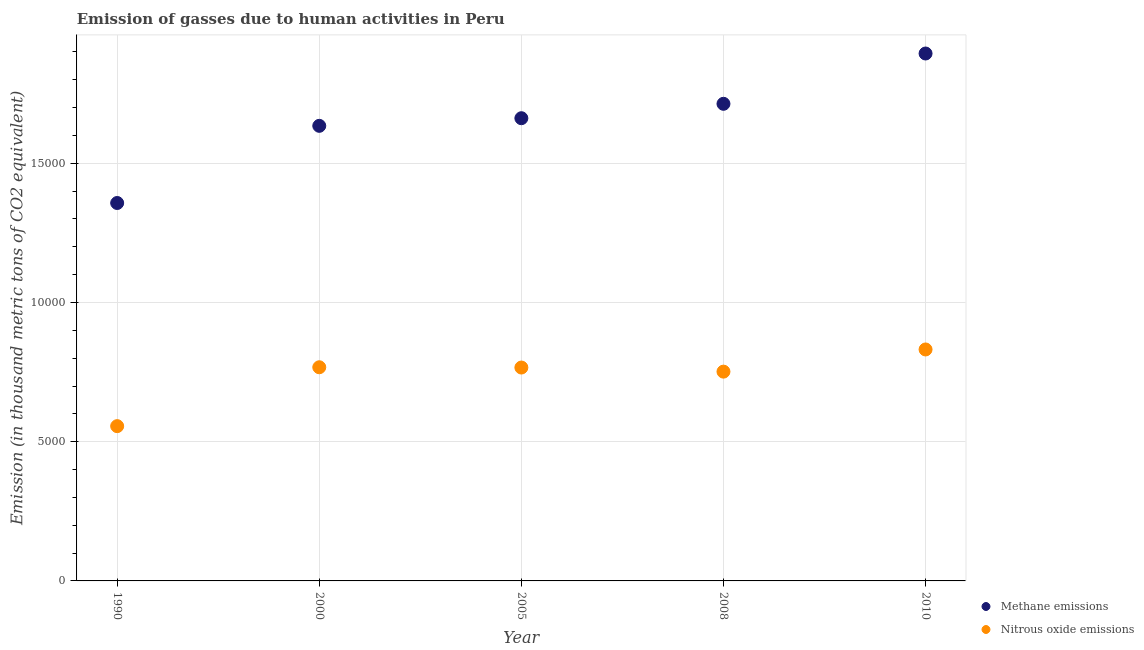
| Year | Methane emissions | Nitrous oxide emissions |
 | --- | --- | --- |
 | 1990 | 1.36e+04 | 5.56e+03 |
 | 2000 | 1.63e+04 | 7.67e+03 |
 | 2005 | 1.66e+04 | 7.66e+03 |
 | 2008 | 1.71e+04 | 7.52e+03 |
 | 2010 | 1.89e+04 | 8.31e+03 |